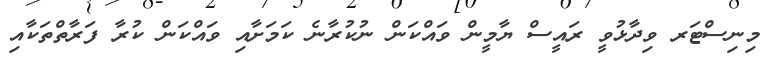
މިނިސްޓަރ ވިދާޅުވީ ރައީސް ޔާމީން ވައްކަން ނުކުރާނެ ކަމަށާއި ވައްކަން ކުރާ ފަރާތްތަކާއި